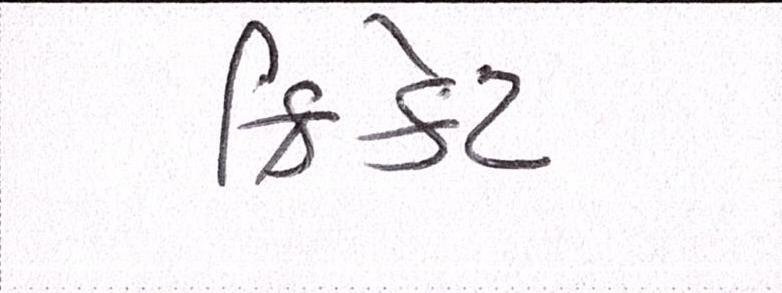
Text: ક્રિકેટ